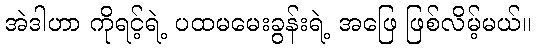
အဲဒါဟာ ကိုရင့်ရဲ့ ပထမမေးခွန်းရဲ့ အဖြေ ဖြစ်လိမ့်မယ်။